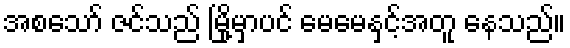
အစသော် ဇင်သည် မြို့မှာပင် မေမေနှင့်အတူ နေသည်။